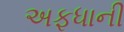
અફધાની